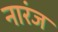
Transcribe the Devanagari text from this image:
नारंज